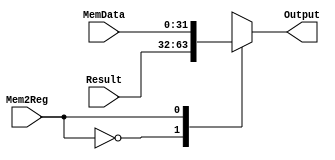
module Mux6 (
  Mem2Reg,
  Result, MemData,
  Output
);
  input Mem2Reg;      
  input [31:0] Result;  // 0
  input [31:0] MemData; // 1
  
  output reg [31:0] Output;

  always @(*) begin
		case (Mem2Reg)
			0: Output <= Result;
			1: Output <= MemData;
		endcase
	end
endmodule